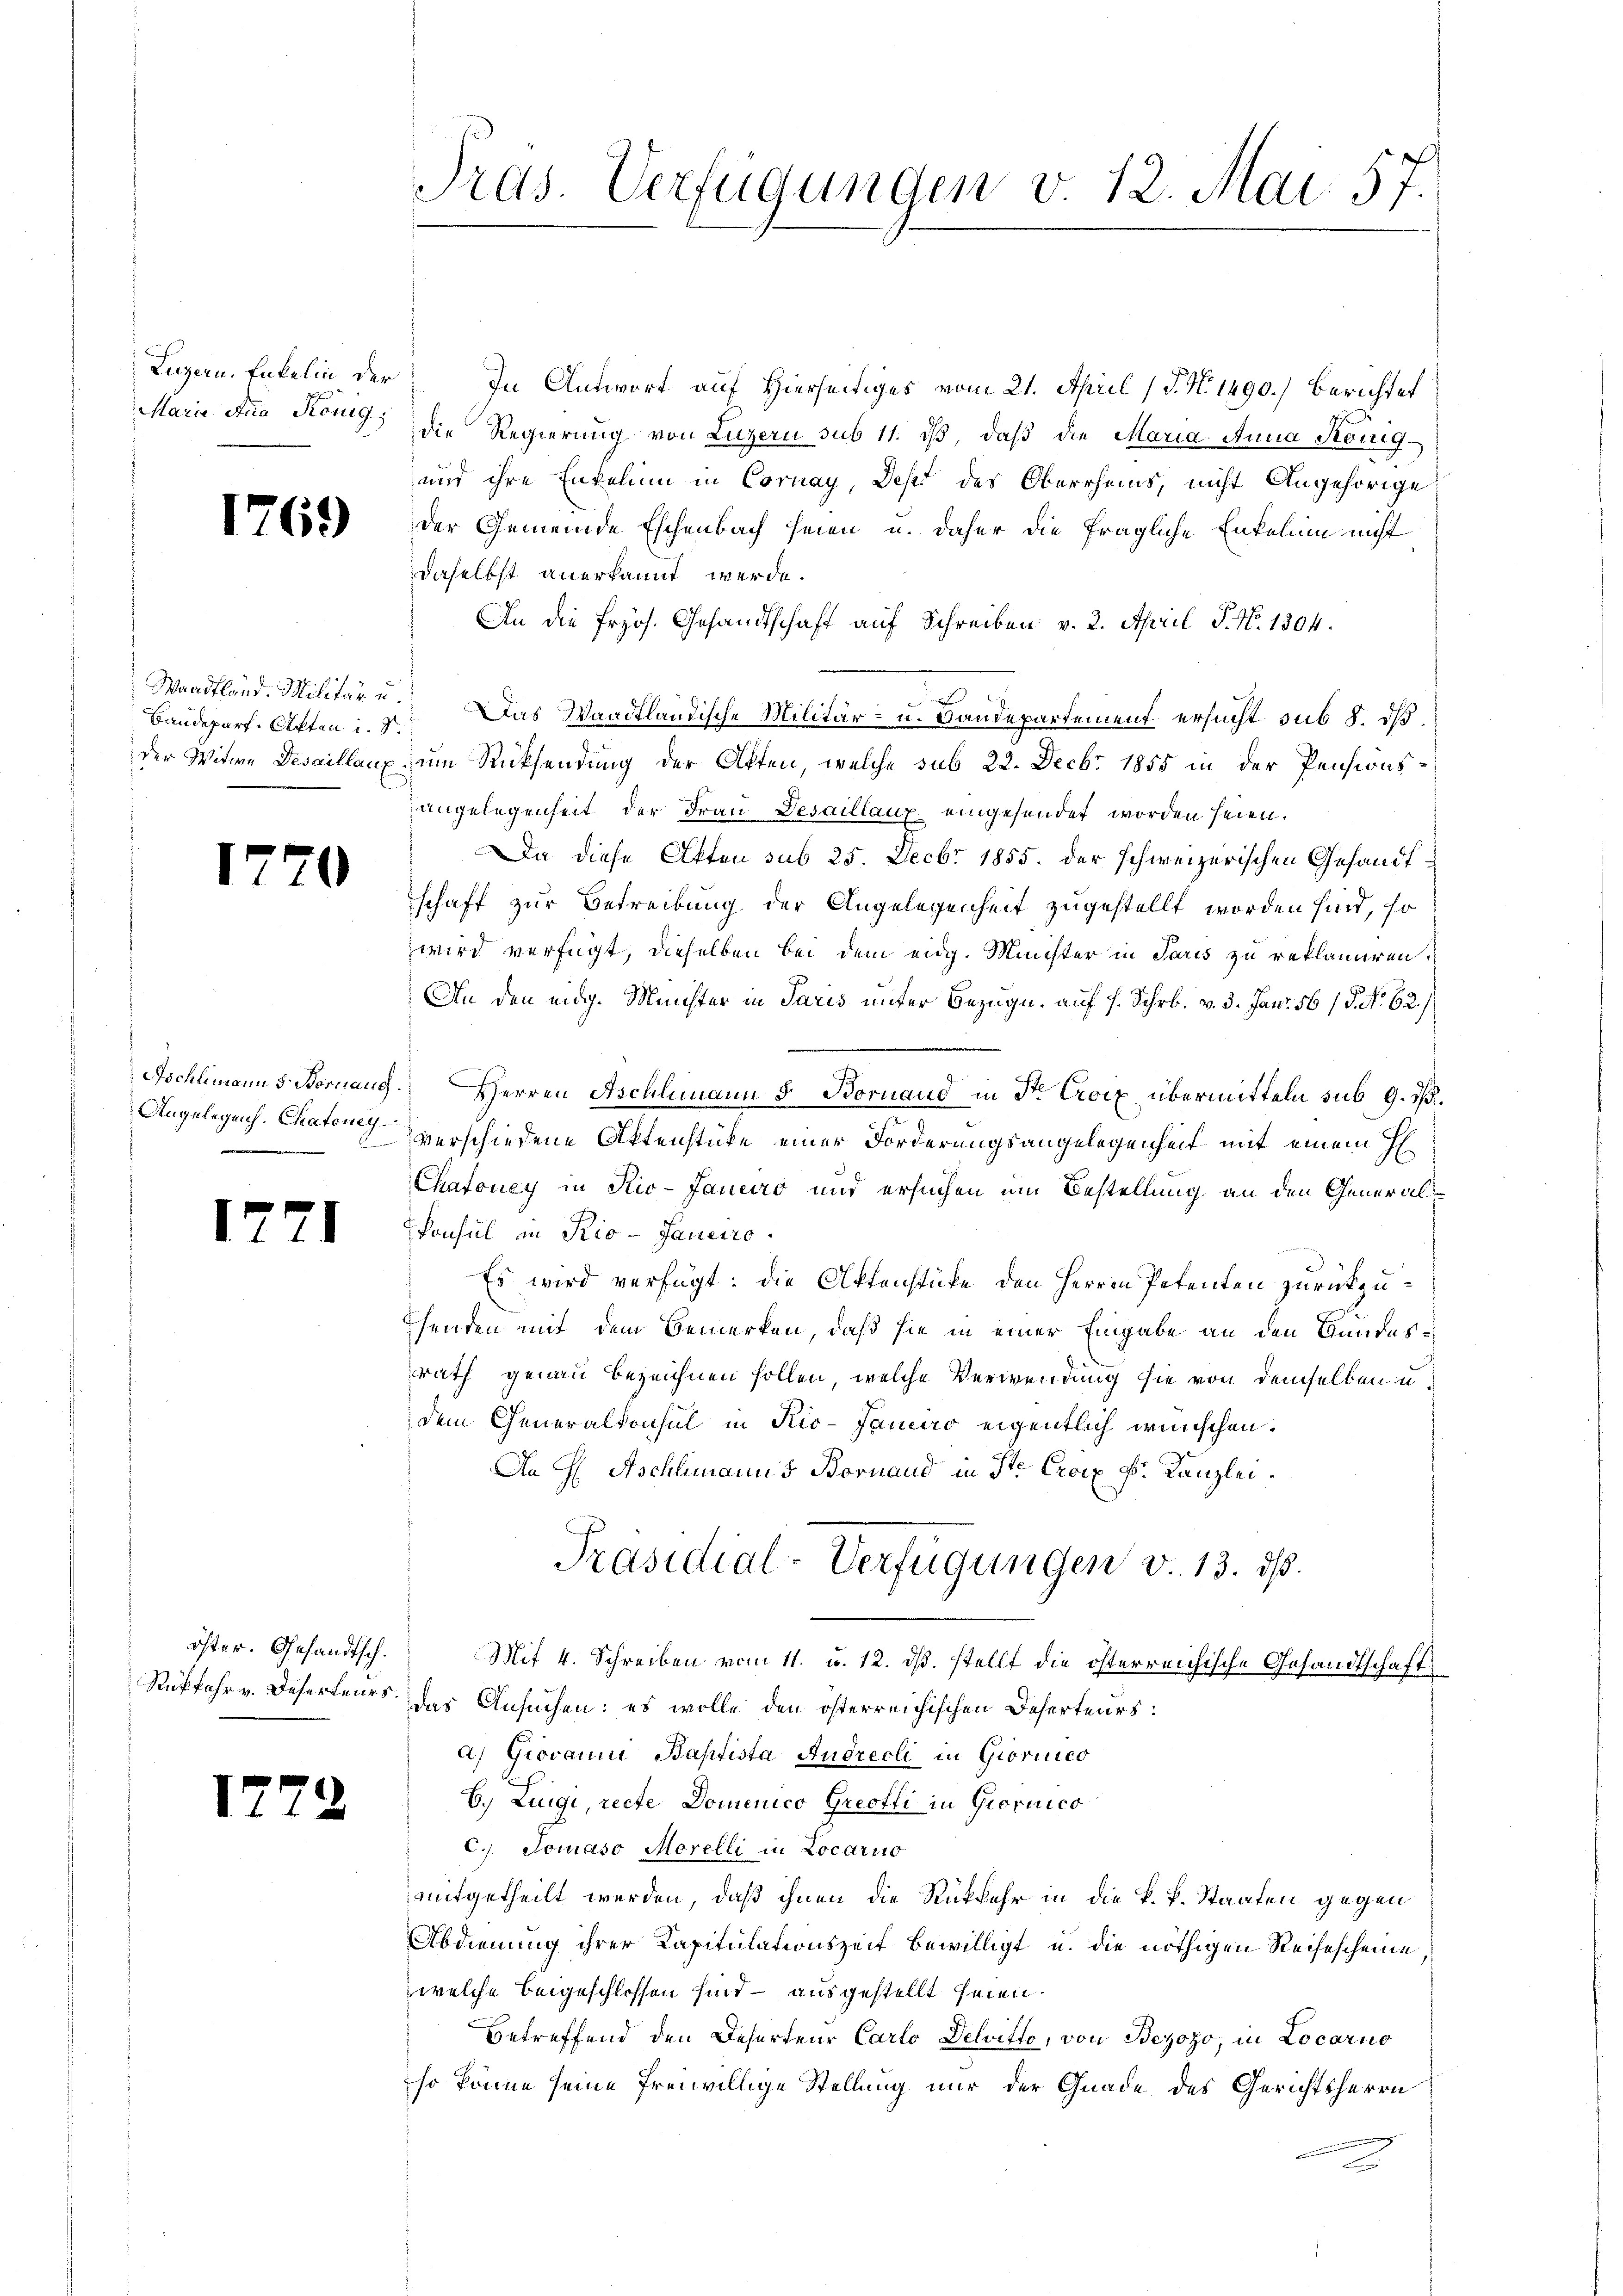
Luzern, Enkelin der

Baudeparte Akten u. S.

1770

Angelegens. Chatoney
.

17

71

öster. Gesandtsch.

1772

In Antwort auf Hierseitiges vom 21. April (T. N. 1490.) Berichtet
Marie Ana König die Regierung von Luzern sub 11. dβ, daß die Maria Anna König¬
und ihre Enteli in Cornay, des des Oberrheins, nicht Angehörige
1763) der Gemeinde Eschenbach seien u. daher die fragliche Enkelin nicht
daselbst anerkannt werde.
An die frzös. Gesandtschaft auf Schreiben v. 2. April P. N. 1304.

Waadtland. Militär u. Das Waadtländische Militär- u. Baudepartement ersucht sub 8. dß
der Witwe Detaillanz zum Rücksendung der Offen, welche sub 22. Decbr 1855 in der Pensionsangelegenheit der Frau Desaillanz eingesendet worden seien.
Da diese Akten sub 25. Decbr 1855. der schweizerischen Gesandtschaft zur Betreibung der Angelegenheit zugestellt worden sind, so
wird verfügt, dieselben bei dem eidg. Meister in Paris zu reklamiren.
An den eidg. Münster in Paris unter Bezug auf 7. Schrb. v. 3. Janr 56/5. No. 62./
Ischlimann s. wornaus. Herren Aschlimann 5 Bornaud in Str. Croix übermitteln sub. 9. I.
verschiedene Aktenstücke einer Forderungsangelegenheit mit einem
E
Chafoney in Rio-Janeiro und ersuchen um Bestellung an den General¬
Konsul in Rio-Janeiro
Es wird verfügt: die Aktenstüke den Herren Petenten zurückzuhenden mit dem Bemerken, daß sie in einer Eingabe an den Gundesrath genau bezeichnen sollen, welche Verwendung sie von demselben u
dem Generalkonsul in Rio-Janeiro eigentlich wünschen.
An Aschlimanns Bornand in St. Croix Fr. Kanzlei.
Präsidial-Verfügungen v. 13. ds.
Mit 4. Schreiben vom 11. u. 12. ds. stellt die österreichische Gesandtschaft
Ruffahr v. Deserteurs das Ansuchen: es wolle den österreichischen Beherteurs:
a) Giovanni Baptista Andreoli in Giornied
b. Luigi, recte Domenico Greotti in Giornico
C.) Jonaso Morelli in Locarno
mitgetheilt werden, daß ihnen die Rückkehr in die k. k. Staaten gegen
Abdienung ihrer Kapitulationszeit bewilligt u. die nöthigen Reisescheine
welche beigeschlossen sind – ausgestellt seien.
Betreffend den Deserteur Carlo Delritto, von Bezozo, in Locarno
so könne seine freiwillige Stellung nur der Gnade des Gerichtsherrn
d

Tras. Verfügungen v. 12. Mai. 57.